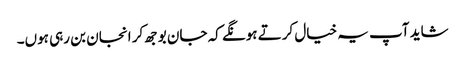
شاید آپ یہ خیال کرتے ہونگے کہ جان بوجھ کر انجان بن رہی ہوں۔